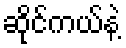
ဆိုင်ကယ်နဲ့